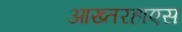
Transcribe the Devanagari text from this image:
आख्तरहाएस